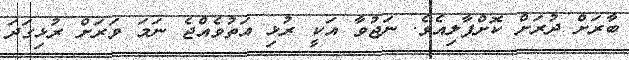
ބާރަށް ދުރަށް ކޮށްޕާލިއެވެ. ނަޖުވާ އަކީ ރުޅި އަތުވެއްޖެ ނަމަ ވަރަށް ރުޅިގަދަ